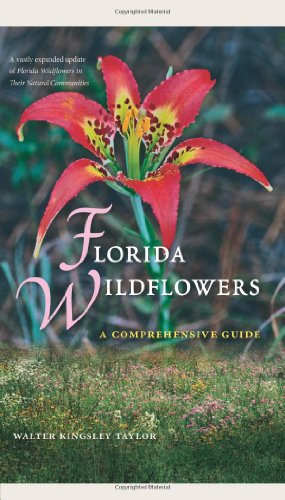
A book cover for Florida Wildflowers: A Comprehensive Guide; Walter Kingsley Taylor; Crafts, Hobbies & Home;